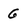
Character: 6